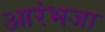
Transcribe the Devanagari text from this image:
आरंभजा